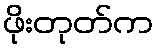
ဖိုးတုတ်က